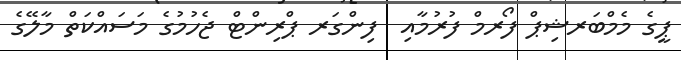
ޕީގެ މެމްބަރޝިޕް ފޯރމް ފުރުމާއި  ފިންގަރ ޕްރިންޓް ޖެހުމުގެ މަސައްކަތް މާލޭގެ